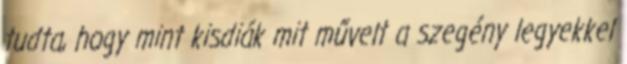
tudta, hogy mint kisdiák mit művelt a szegény legyekkel